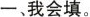
一、我会填。